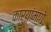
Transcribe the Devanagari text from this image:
कार्यांमागे